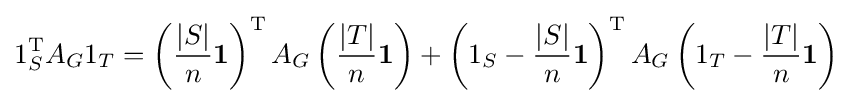
1_{S}^{\operatorname {T} }A_{G}1_{T}=\left({\frac {|S|}{n}}\mathbf {1} \right)^{\operatorname {T} }A_{G}\left({\frac {|T|}{n}}\mathbf {1} \right)+\left(1_{S}-{\frac {|S|}{n}}\mathbf {1} \right)^{\operatorname {T} }A_{G}\left(1_{T}-{\frac {|T|}{n}}\mathbf {1} \right)